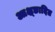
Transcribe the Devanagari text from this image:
आक्ष्छादित